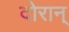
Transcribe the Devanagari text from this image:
दोरान्